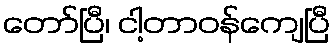
တော်ပြီ၊ ငါ့တာဝန်ကျေပြီ